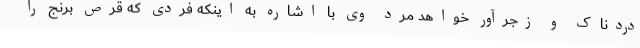
دردناک و زجرآور خواهد مرد وی با اشاره به اینکه فردی که قرص برنج را